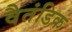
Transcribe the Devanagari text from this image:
वैतंडिक